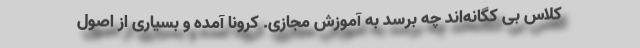
کلاس بی کگانه‌اند چه برسد به آموزش مجازی. کرونا آمده و بسیاری از اصول